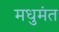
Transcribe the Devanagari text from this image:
मधुमंत